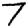
Digit: 7